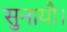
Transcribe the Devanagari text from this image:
सुनायौ।